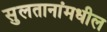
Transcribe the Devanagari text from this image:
सुलतानांमधील